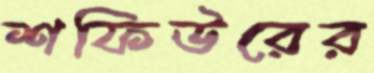
শফিউরের